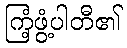
ကြံ့ဖွံ့ပါတီ၏